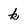
Character: k